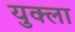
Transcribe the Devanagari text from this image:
युक्ला